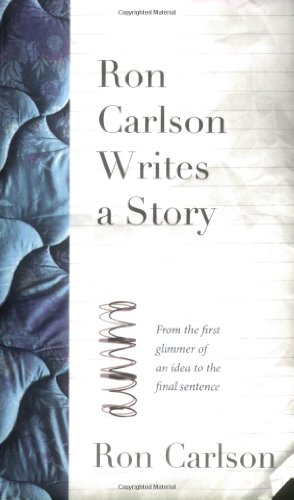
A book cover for Ron Carlson Writes a Story; Ron Carlson; Literature & Fiction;